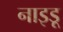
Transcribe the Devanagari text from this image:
नाइडू